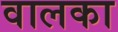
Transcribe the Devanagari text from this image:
वालका